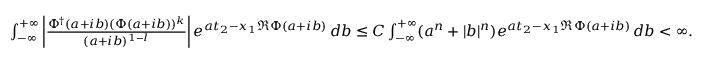
\begin{array} { r l } & { \int _ { - \infty } ^ { + \infty } \left| \frac { \Phi ^ { \dagger } ( a + i b ) ( \Phi ( a + i b ) ) ^ { k } } { ( a + i b ) ^ { 1 - l } } \right| e ^ { a t _ { 2 } - x _ { 1 } \Re \Phi ( a + i b ) } \, d b \leq C \int _ { - \infty } ^ { + \infty } ( a ^ { n } + | b | ^ { n } ) e ^ { a t _ { 2 } - x _ { 1 } \Re \Phi ( a + i b ) } \, d b < \infty . } \end{array}